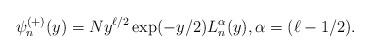
LaTeX: \begin{align*} \psi_n^{(+)}(y)= N y^{\ell/2} \exp(-y/2) L _n^\alpha(y), \alpha=(\ell-1/2). \end{align*}